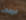
ليمون